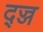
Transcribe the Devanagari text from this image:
द्ज्ज